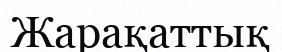
Жарақаттық